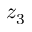
z _ { 3 }